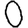
Digit: 0